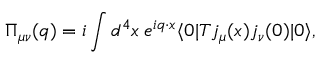
\Pi _ { \mu \nu } ( q ) = i \int d ^ { 4 } x \: e ^ { i q \cdot x } \langle 0 | { \cal T } j _ { \mu } ( x ) j _ { \nu } ( 0 ) | 0 \rangle ,